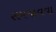
સમજાવવા